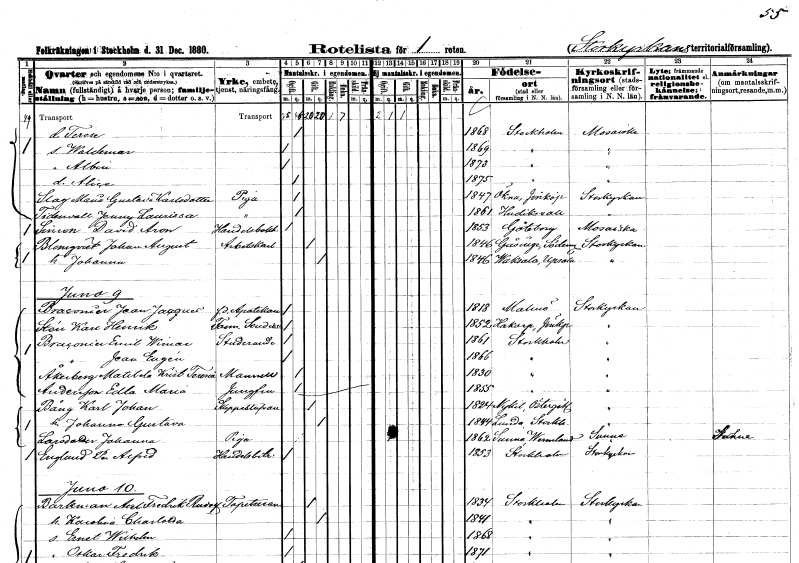
gt_parse: households: individuals: FN: Terese
KON: K
CIV: O
FODAR: 1868
FODFORS: Stockholm
FN: Waldemar
KON: M
CIV: O
FODAR: 1869
FODFORS: Stockholm
FN: Albin
KON: M
CIV: O
FODAR: 1873
FODFORS: Stockholm
FN: Alice
KON: K
CIV: O
FODAR: 1875
FODFORS: Stockholm
FN: Maria Gustava
EN: Slag Karlsdotter
YRKE: Piga
KON: K
CIV: O
FODAR: 1847
FODFORS: Ökna Jönköpings län
FN: Jenny Laurissa
EN: Tidenvall
YRKE: Piga
KON: K
CIV: O
FODAR: 1861
FODFORS: Hudiksvall Gävleborgs län
FN: David Aron
EN: Sinson
YRKE: Handelsbokhållare
KON: M
CIV: O
FODAR: 1853
FODFORS: Göteborg Göteborgs- och Bohuslän
FN: Johan August
EN: Blomqvist
YRKE: Arbetskarl
KON: M
CIV: G
FODAR: 1846
FODFORS: Gåsinge Södermanlands län
FN: Johanna
KON: K
CIV: G
FODAR: 1846
FODFORS: Vaksala Uppsala län
FN: Jean Jacques
EN: Braconier
YRKE: Apotekare f.d.
KON: M
CIV: G
FODAR: 1818
FODFORS: Malmö Malmöhus län
FN: Karl Henrik
EN: Stén
YRKE: Farm. student
KON: M
CIV: O
FODAR: 1852
FODFORS: Hakarp Jönköpings län
FN: Emil Wimar
EN: Bracinier
YRKE: Studerande
KON: M
CIV: O
FODAR: 1861
FODFORS: Stockholm
FN: Jean Eugén
EN: Braconier
KON: M
CIV: O
FODAR: 1866
FODFORS: Stockholm
FN: Matilda Kristina Teresia
EN: Åkerberg
KON: K
CIV: O
FODAR: 1830
FODFORS: Stockholm
FN: Edla Maria
EN: Andersson
YRKE: Jungfru
KON: K
CIV: O
FODAR: 1855
FODFORS: Stockholm
FN: Karl Johan
EN: Bång
YRKE: Skeppsstuvare
KON: M
CIV: G
FODAR: 1824
FODFORS: Nykil Östergötlands län
FN: Johanna Gustava
KON: K
CIV: G
FODAR: 1844
FODFORS: Lunda Södermanlands län
FN: Johanna
EN: Larsdotter
YRKE: Piga
KON: K
CIV: O
FODAR: 1862
FODFORS: Sunne Värmlands län
FN: Per Alfred
EN: Englund
YRKE: Handelsbiträde
KON: M
CIV: O
FODAR: 1853
FODFORS: Stockholm